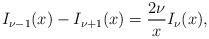
LaTeX: \begin{align*}I_{\nu-1}(x)-I_{\nu+1}(x)=\frac{2\nu}{x}I_\nu(x),\end{align*}